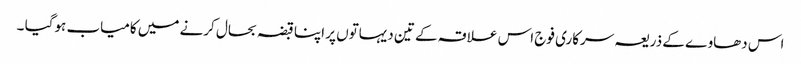
اس دھاوے کے ذریعہ سرکاری فوج اس علاقہ کے تین دیہاتوں پر اپنا قبضہ بحال کرنے میں کامیاب ہوگیا ۔